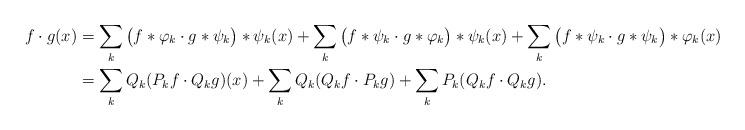
LaTeX: \begin{align*}f\cdot g (x)&=\sum_{k } \big(f \ast \varphi_k \cdot g \ast \psi_k \big) \ast \psi_k(x) +\sum_{k } \big(f \ast \psi_k \cdot g \ast \varphi_k \big) \ast \psi_k(x) +\sum_{k } \big(f \ast \psi_k \cdot g \ast \psi_k \big) \ast \varphi_k(x)\\&=\sum_{k} Q_k(P_kf \cdot Q_k g)(x)+\sum_{k} Q_k(Q_kf \cdot P_k g) +\sum_{k} P_k(Q_kf \cdot Q_k g). \end{align*}